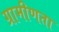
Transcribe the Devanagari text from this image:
ग्रामीणता